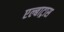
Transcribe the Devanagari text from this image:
एल्बाट्रास